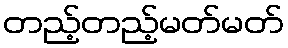
တည့်တည့်မတ်မတ်